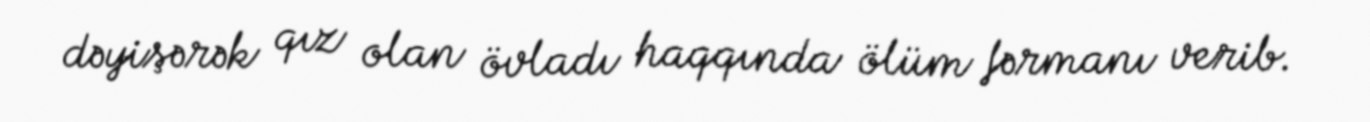
dəyişərək qız olan övladı haqqında ölüm fərmanı verib.